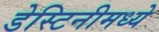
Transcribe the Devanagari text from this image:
डेस्टिनीमध्ये